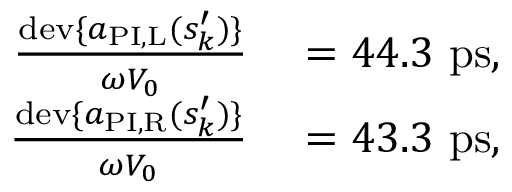
\begin{array} { r l } { \frac { \mathrm { d e v } \{ a _ { \mathrm { P I , L } } ( s _ { k } ^ { \prime } ) \} } { \omega V _ { 0 } } } & { { } = 4 4 . 3 ~ \mathrm { p s } , } \\ { \frac { \mathrm { d e v } \{ a _ { \mathrm { P I , R } } ( s _ { k } ^ { \prime } ) \} } { \omega V _ { 0 } } } & { { } = 4 3 . 3 ~ \mathrm { p s } , } \end{array}